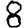
Digit: 8